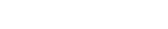
١١